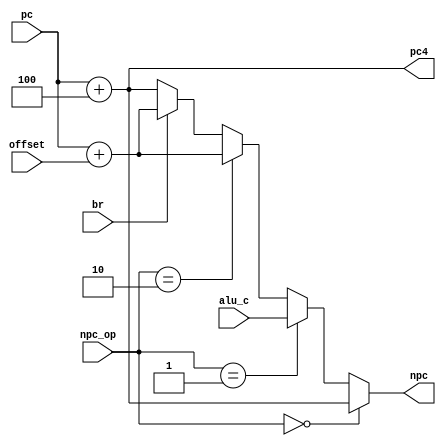
module NPC (
    input [31:0] pc,
    input br,
    input [31:0] offset,
    input [31:0] alu_c,
    input [1:0] npc_op,
    output [31:0] pc4,
    output reg [31:0] npc
);
    assign pc4 = pc + 32'd4;
    always @(*)begin
        if(npc_op==2'd0) npc = pc + 32'd4;//NPC_PC4
        else if(npc_op == 2'd1) npc = alu_c;//NPC_ALU
        else if(npc_op == 2'd2) npc = pc + offset;//NPC_JUMP
        else begin//NPC_BR
            if(br)
                npc = pc + offset;
            else
                npc = pc + 32'd4;
        end
    end
    
endmodule